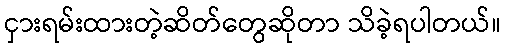
ငှားရမ်းထားတဲ့ဆိတ်တွေဆိုတာ သိခဲ့ရပါတယ်။